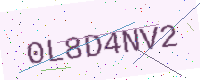
Text: 0L8D4NV2